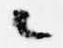
々